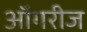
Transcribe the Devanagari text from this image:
ऑगरीज